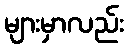
များမှာလည်း